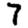
Digit: 7